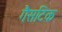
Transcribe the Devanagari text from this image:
गैसटिक